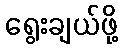
ရွေးချယ်ဖို့